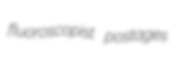
fluoroscopist postages